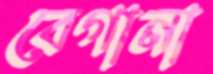
বেগানা